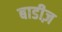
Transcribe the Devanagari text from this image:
बाडीज़